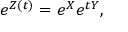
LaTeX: e ^ { Z ( t ) } = e ^ { X } e ^ { t Y } ,